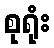
စုရုံး